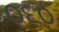
૦૬૦